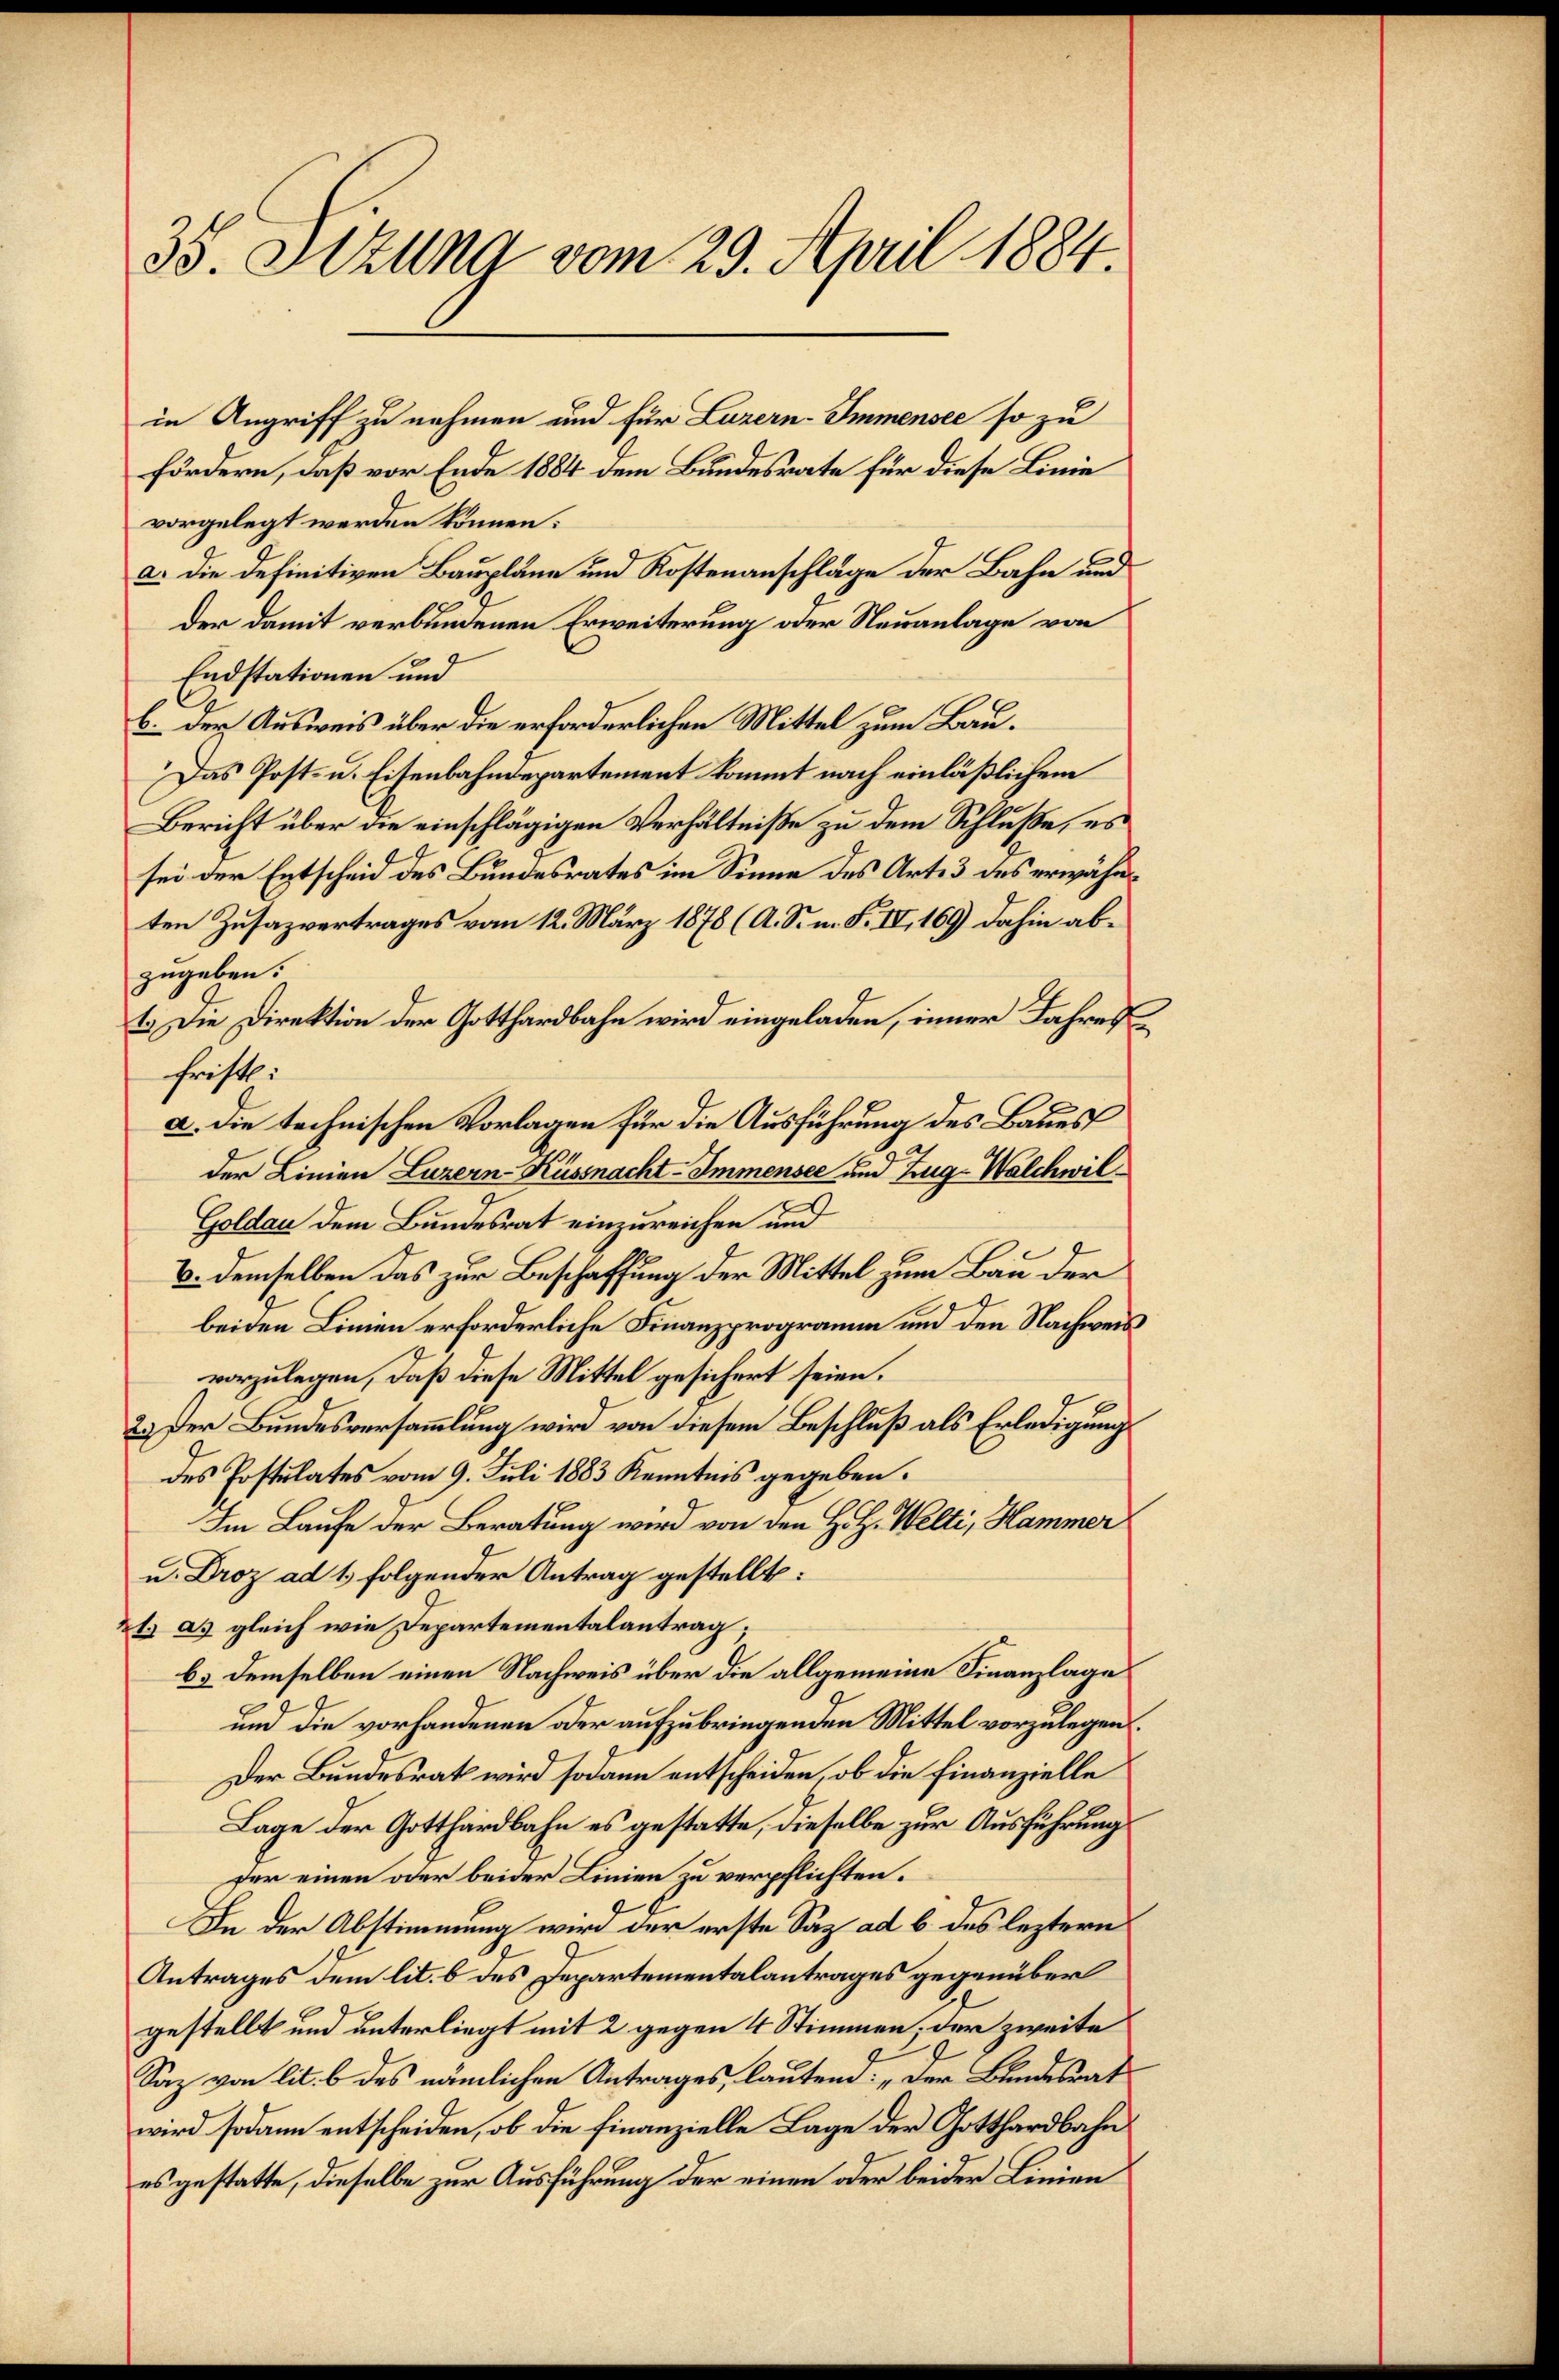
35. Sitzung vom 29. April 1884.

in Angriff zu nehmen und für Luzern-Immensee so zu
fördern, daß vor Ende 1884 dem Bundesrate für diese Linie
vorgelegt werden können.
a. die definitiven Baupläne und Kostenanschläge der Bahn und
der damit verbundenen Erweiterung oder Neuanlage von
Endstationen und
b. der Ausweis über die erforderlichen Mittel zum Bau¬
Das Post- u. Eisenbahndepartement kommt nach einläßlichem
Bericht über die einschlägigen Verhältniße zu dem Schluße, es
sei der Entscheid des Bundesrates im Sinne des Art. 3 des erwähnten Zusazvertrages vom 12. März 1878 (A. S. n. F. IV, 169) dahin abzugeben.
1.) Die Direktion der Gotthardbahn wird eingeladen, inner Jahreshristl.
a. Die technischen Vorlagen für die Ausführung des Baues
der Linien Luzern-Küssnacht-Immensee und Zug-Walchwil¬
Goldau dem Bundesrat einzureichen und
B. demselben das zur Beschaffung der Mittel zum Bau der
beiden Linien erforderliche Finanzprogramm und den Nachweis
vorzulegen, daß diese Mittel gesichert seien.
6
2.) Der Bundesversammlung wird von diesem Beschluß als Erledigung
des Postulates vom 9. Juli 1883 Kenntnis gegeben.
Im Laufe der Beratung wird von den H. H. Welti, Hammer
u. Droz ad 1. folgender Antrag gestellt:
t. a. gleich wie Departementalantrag;
b. demselben einen Nachweis über die allgemeine Finanzlage
und die vorhandenen oder aufzubringenden Mittel vorzulegen.
Der Bundesrat wird sodann entscheiden, ob die Finanzielle
Lage der Gotthardbahn es gestatte, dieselbe zur Ausführung
fer einen oder beider Linien zu verpflichten.
In der Abstimmung wird der erste Saz ad b. des leztern
Antrages dem lit. b des Departementalantrages gegenüber
gestellt und unterliegt mit 2 gegen 4 Stimmen der zweite
Saz von lit. b des nämlichen Antrages, lautend: „Der Bundesrat
wird sodann entscheiden, ob die Finanzielle Lage der Gotthardbahn
es gestatte, dieselbe zur Ausführung der einen oder beider Linien